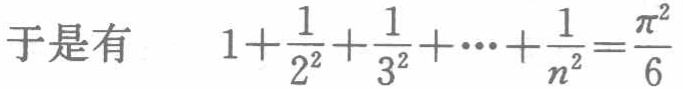
于是有 \[1+\frac{1}{2^{2}}+\frac{1}{3^{2}}+\cdots+\frac{1}{n^{2}}=\frac{\pi^{2}}{6}\]